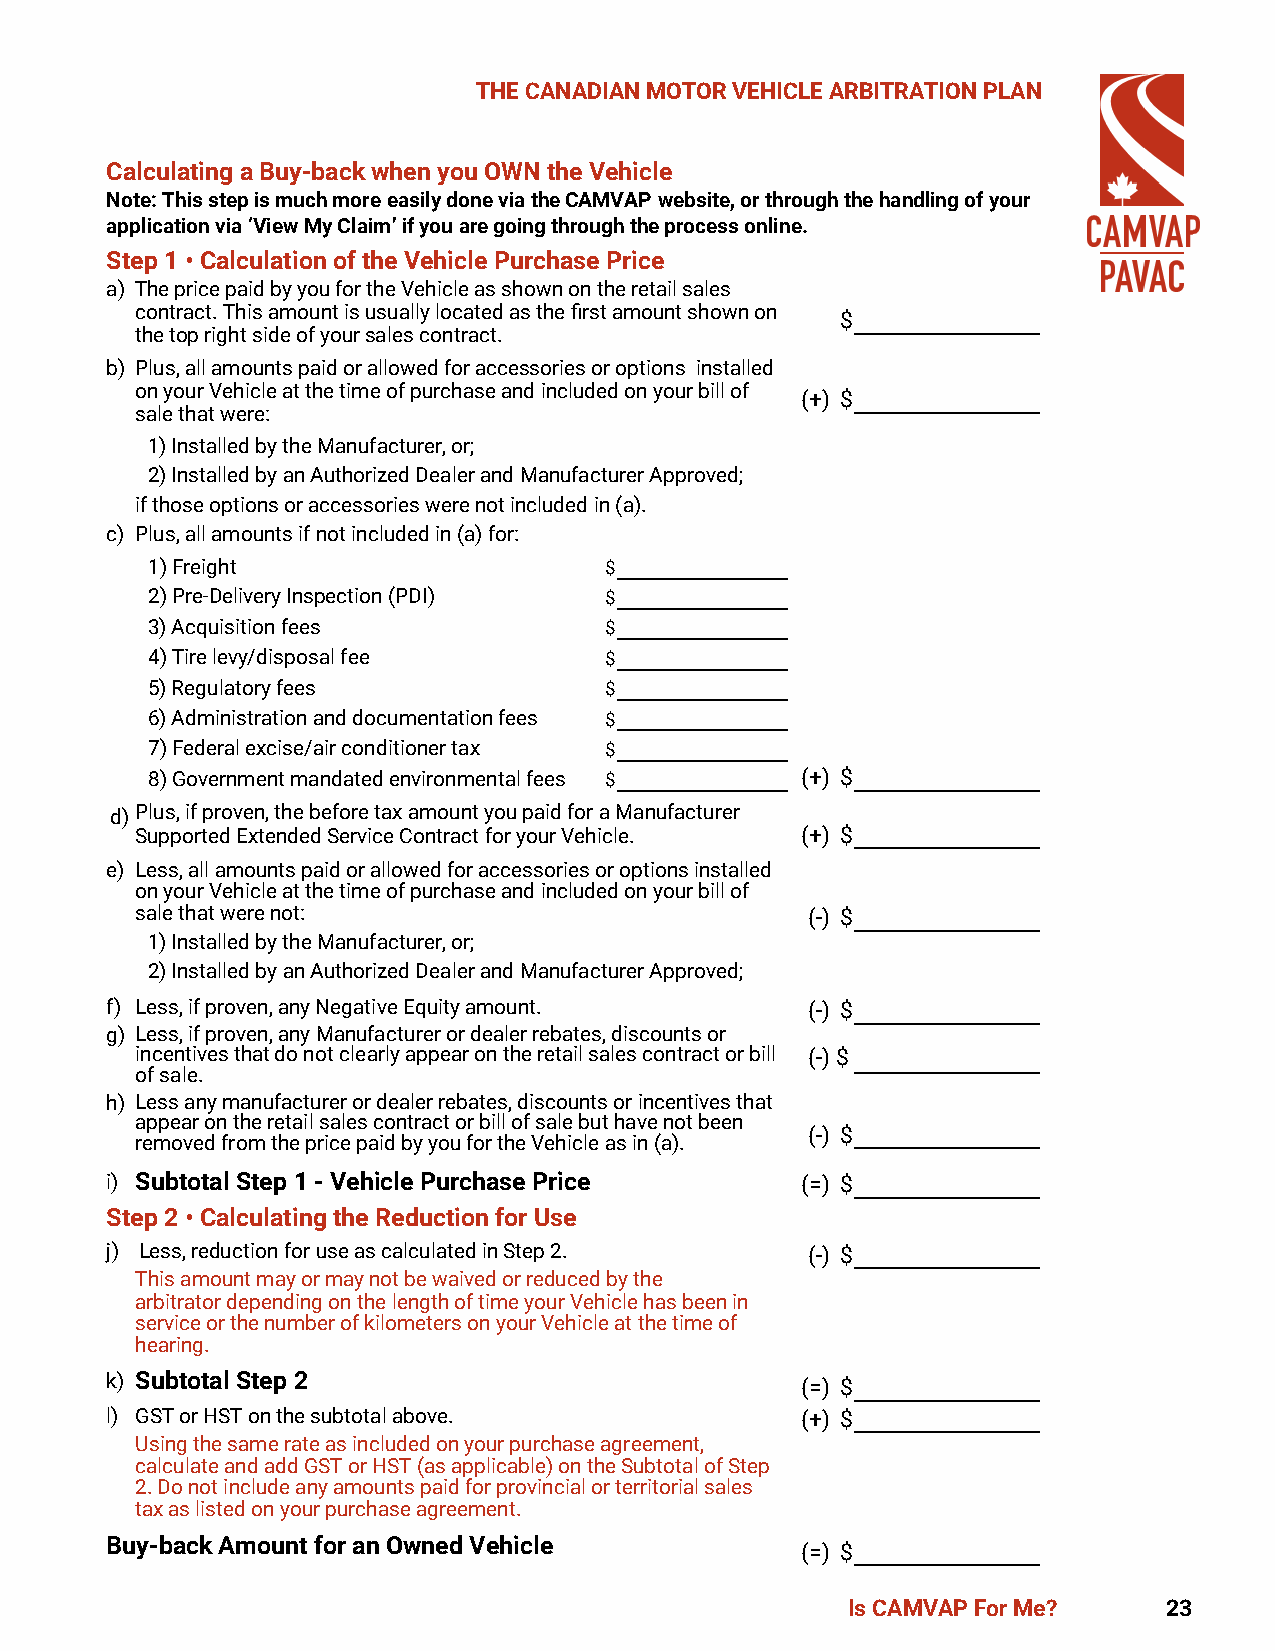
THE CANADIAN MOTOR VEHICLE ARBITRATION PLAN
 Calculating a Buy-back when you OWN the Vehicle
 Note: This step is much more easily done via the CAMVAP website, or through the handling of your
 application via ‘View My Claim’ if you are going through the process online.
 Step 1 • Calculation of the Vehicle Purchase Price
 a) The price paid by you for the Vehicle as shown on the retail sales
 contract. This amount is usually located as the first amount shown on
 $
 the top right side of your sales contract.
 b) Plus, all amounts paid or allowed for accessories or options installed
 on your Vehicle at the time of purchase and included on your bill of
 (+) $
 sale that were:
 1) Installed by the Manufacturer, or;
 2) Installed by an Authorized Dealer and Manufacturer Approved;
 if those options or accessories were not included in (a).
 c) Plus, all amounts if not included in (a) for:
 1) Freight                    $
 2) Pre-Delivery Inspection (PDI) $
 3) Acquisition fees           $
 4) Tire levy/disposal fee     $
 5) Regulatory fees            $
 6) Administration and documentation fees $
 7) Federal excise/air conditioner tax $
 8) Government mandated environmental fees $ (+) $
 d) Plus, if proven, the before tax amount you paid for a Manufacturer
 Supported Extended Service Contract for your Vehicle. (+) $
 e) Less, all amounts paid or allowed for accessories or options installed
 on your Vehicle at the time of purchase and included on your bill of
 sale that were not:                         (-) $
 1) Installed by the Manufacturer, or;
 2) Installed by an Authorized Dealer and Manufacturer Approved;
 f) Less, if proven, any Negative Equity amount. (-) $
 g) Less, if proven, any Manufacturer or dealer rebates, discounts or
 incentives that do not clearly appear on the retail sales contract or bill (-) $
 of sale.
 h) Less any manufacturer or dealer rebates, discounts or incentives that
 appear on the retail sales contract or bill of sale but have not been
 (-) $
 removed from the price paid by you for the Vehicle as in (a).
 i) Subtotal Step 1 - Vehicle Purchase Price   (=) $
 Step 2 • Calculating the Reduction for Use
 j) Less, reduction for use as calculated in Step 2. (-) $
 This amount may or may not be waived or reduced by the
 arbitrator depending on the length of time your Vehicle has been in
 service or the number of kilometers on your Vehicle at the time of
 hearing.
 k) Subtotal Step 2                            (=) $
 l) GST or HST on the subtotal above.          (+) $
 Using the same rate as included on your purchase agreement,
 calculate and add GST or HST (as applicable) on the Subtotal of Step
 2. Do not include any amounts paid for provincial or territorial sales
 tax as listed on your purchase agreement.
 Buy-back Amount for an Owned Vehicle
 (=) $
 Is CAMVAP For Me?    23